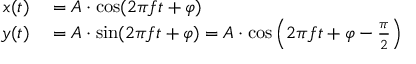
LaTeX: \begin{array} { r l } { x ( t ) } & { { } = A \cdot \cos ( 2 \pi f t + \varphi ) } \\ { y ( t ) } & { { } = A \cdot \sin ( 2 \pi f t + \varphi ) = A \cdot \cos \left( 2 \pi f t + \varphi - { \frac { \pi } { 2 } } \right) } \end{array}